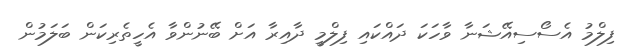
ފިލްމު އެސޯސިއޭޝަނާ ވާހަކަ ދައްކައި ފިލްމީ ދާއިރާ އަށް ބޭނުންވާ އެހީތެރިކަން ބަލަމުން